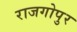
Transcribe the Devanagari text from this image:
राजगोपुर